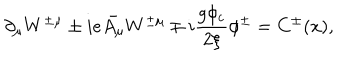
LaTeX: \partial _ { \mu } W ^ { \pm \mu } \pm i e \bar { A _ { \mu } } W ^ { \pm \mu } \mp i \frac { g \phi _ { c } } { 2 \xi } \phi ^ { \pm } = C ^ { \pm } ( x ) ,